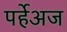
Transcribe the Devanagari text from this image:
पर्हेअज